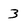
Character: 3